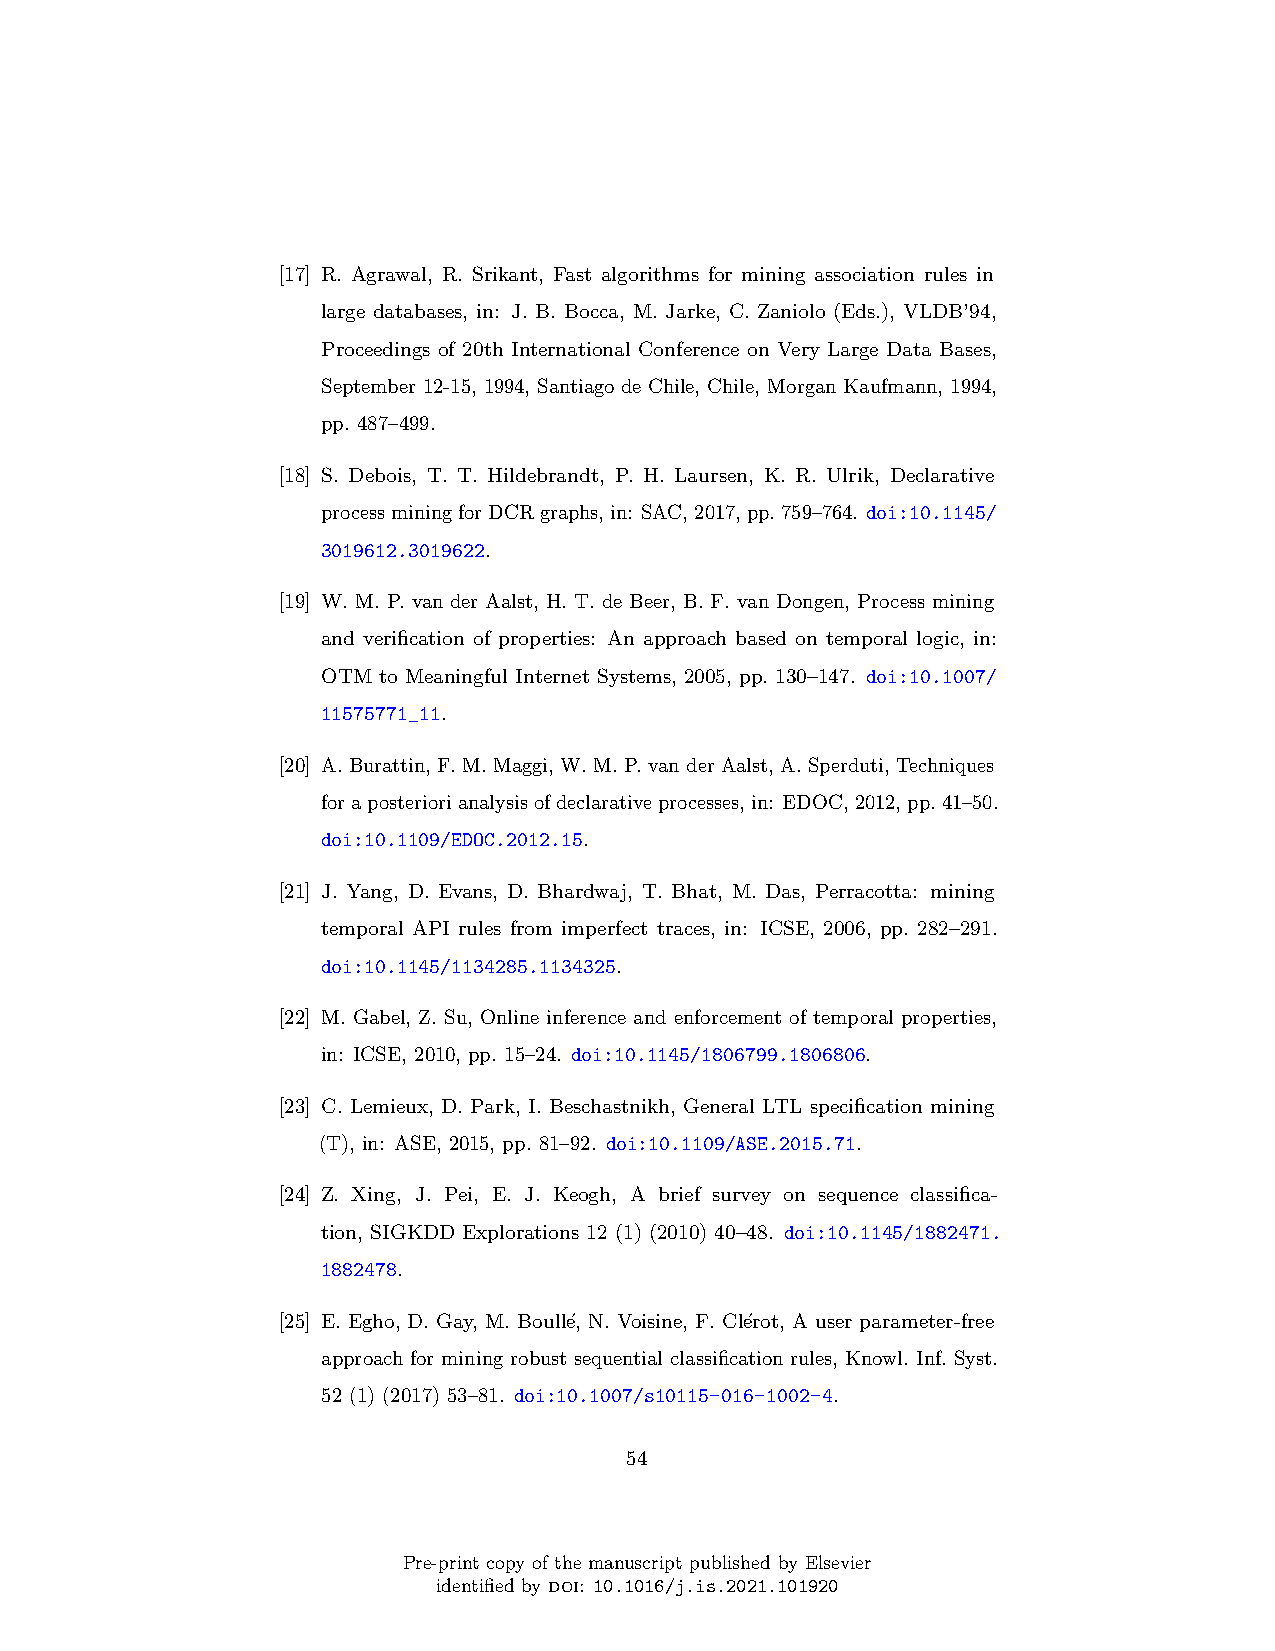
[17] R. Agrawal, R. Srikant, Fast algorithms for mining association rules in
 large databases, in: J. B. Bocca, M. Jarke, C. Zaniolo (Eds.), VLDB’94,
 Proceedings of 20th International Conference on Very Large Data Bases,
 September 12-15, 1994, Santiago de Chile, Chile, Morgan Kaufmann, 1994,
 pp. 487–499.
 [18] S. Debois, T. T. Hildebrandt, P. H. Laursen, K. R. Ulrik, Declarative
 processminingforDCRgraphs,in: SAC,2017,pp.759–764. doi:10.1145/
 3019612.3019622.
 [19] W. M. P. van der Aalst, H. T. de Beer, B. F. van Dongen, Process mining
 and verification of properties: An approach based on temporal logic, in:
 OTM to Meaningful Internet Systems, 2005, pp. 130–147. doi:10.1007/
 11575771_11.
 [20] A. Burattin, F. M. Maggi, W. M. P. van der Aalst, A. Sperduti, Techniques
 foraposteriorianalysisofdeclarativeprocesses, in: EDOC,2012, pp.41–50.
 doi:10.1109/EDOC.2012.15.
 [21] J. Yang, D. Evans, D. Bhardwaj, T. Bhat, M. Das, Perracotta: mining
 temporal API rules from imperfect traces, in: ICSE, 2006, pp. 282–291.
 doi:10.1145/1134285.1134325.
 [22] M. Gabel, Z. Su, Online inference and enforcement of temporal properties,
 in: ICSE, 2010, pp. 15–24. doi:10.1145/1806799.1806806.
 [23] C. Lemieux, D. Park, I. Beschastnikh, General LTL specification mining
 (T), in: ASE, 2015, pp. 81–92. doi:10.1109/ASE.2015.71.
 [24] Z. Xing, J. Pei, E. J. Keogh, A brief survey on sequence classifica-
 tion, SIGKDD Explorations 12 (1) (2010) 40–48. doi:10.1145/1882471.
 1882478.
 [25] E. Egho, D. Gay, M. Boull´e, N. Voisine, F. Cl´erot, A user parameter-free
 approach for mining robust sequential classification rules, Knowl. Inf. Syst.
 52 (1) (2017) 53–81. doi:10.1007/s10115-016-1002-4.
 54
 Pre-print copy of the manuscript published by Elsevier
 identified by doi: 10.1016/j.is.2021.101920